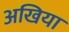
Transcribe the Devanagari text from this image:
अखिया